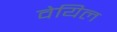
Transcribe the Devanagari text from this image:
वेयिल